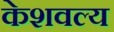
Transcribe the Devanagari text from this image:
केशवल्य